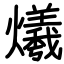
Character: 爔